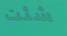
شئت